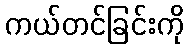
ကယ်တင်ခြင်းကို